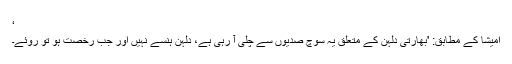
‘
امیشا کے مطابق: 'بھارتی دلہن کے متعلق یہ سوچ صدیوں سے چلی آ رہی ہے، دلہن ہنسے نہیں اور جب رخصت ہو تو روئے۔